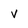
Character: V